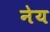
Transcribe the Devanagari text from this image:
नेय